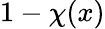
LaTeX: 1-\chi(x)